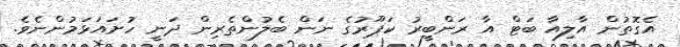
އެގޮތުން އާލިއާ ބަޓް އާ ރަންބީރު ކަޕޫރުގެ ނަން ބެލުންތެރިން ދަނީ ހުށައަޅަމުންނެވެ.